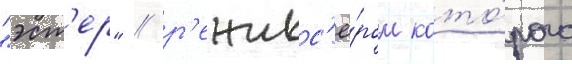
"эст'ер" / р'ежисс'ё́ром кото́рого